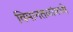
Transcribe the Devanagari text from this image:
विमानतळांमध्ये